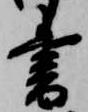
書